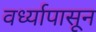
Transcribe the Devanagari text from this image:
वर्ध्यापासून